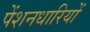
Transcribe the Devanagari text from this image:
पेंशनधारियों